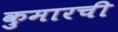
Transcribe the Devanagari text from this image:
कुमारची